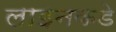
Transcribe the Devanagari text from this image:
लाइनकडे